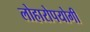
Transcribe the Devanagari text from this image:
लोहारोपयोगी